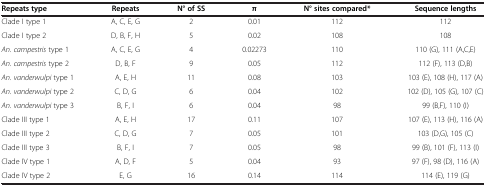
<table><thead><tr><td><b>Repeats type</b></td><td><b>Repeats</b></td><td><b>N° of SS</b></td><td><b>π</b></td><td><b>N° sites compared*</b></td><td><b>Sequence lengths</b></td></tr></thead><tbody><tr><td>Clade I type 1</td><td>A, C, E, G</td><td>2</td><td>0.01</td><td>112</td><td>112</td></tr><tr><td>Clade I type 2</td><td>D, B, F, H</td><td>5</td><td>0.02</td><td>108</td><td>108</td></tr><tr><td><i>An. campestris</i> type 1</td><td>A, C, E, G</td><td>4</td><td>0.02273</td><td>110</td><td>110 (G), 111 (A,C,E)</td></tr><tr><td><i>An. campestris</i> type 2</td><td>D, B, F</td><td>9</td><td>0.05</td><td>112</td><td>112 (F), 113 (D,B)</td></tr><tr><td><i>An. vanderwulpi</i> type 1</td><td>A, E, H</td><td>11</td><td>0.08</td><td>103</td><td>103 (E), 108 (H), 117 (A)</td></tr><tr><td><i>An. vanderwulpi</i> type 2</td><td>C, D, G</td><td>6</td><td>0.04</td><td>102</td><td>102 (D), 105 (G), 107 (C)</td></tr><tr><td><i>An. vanderwulpi</i> type 3</td><td>B, F, I</td><td>6</td><td>0.04</td><td>98</td><td>99 (B,F), 110 (I)</td></tr><tr><td>Clade III type 1</td><td>A, E, H</td><td>17</td><td>0.11</td><td>107</td><td>107 (E), 113 (H), 116 (A)</td></tr><tr><td>Clade III type 2</td><td>C, D, G</td><td>7</td><td>0.05</td><td>101</td><td>103 (D,G), 105 (C)</td></tr><tr><td>Clade III type 3</td><td>B, F, I</td><td>7</td><td>0.05</td><td>98</td><td>99 (B), 101 (F), 113 (I)</td></tr><tr><td>Clade IV type 1</td><td>A, D, F</td><td>5</td><td>0.04</td><td>93</td><td>97 (F), 98 (D), 116 (A)</td></tr><tr><td>Clade IV type 2</td><td>E, G</td><td>16</td><td>0.14</td><td>114</td><td>114 (E), 119 (G)</td></tr></tbody></table>